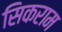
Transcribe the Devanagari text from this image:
सिकराम